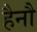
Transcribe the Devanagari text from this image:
हैनौ